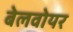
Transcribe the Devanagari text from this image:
बेलवोयर